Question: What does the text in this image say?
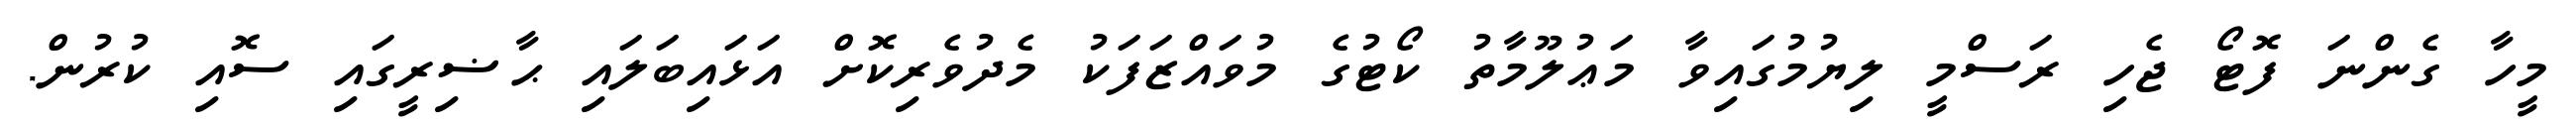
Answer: މީހާ ގެންނަ ފޮޓޯ ޖެހި ރަސްމީ ލިޔުމުގައިވާ މަޢުލޫމާތު ކޯޓުގެ މުވައްޒަފަކު މެދުވެރިކޮށް އަޅައިބަލައި ޙާޟިރީގައި ސޮއި ކުރުން.